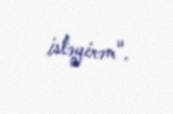
istəyirəm".